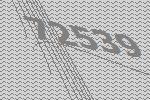
72539